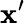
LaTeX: \mathbf{x}^{\prime}